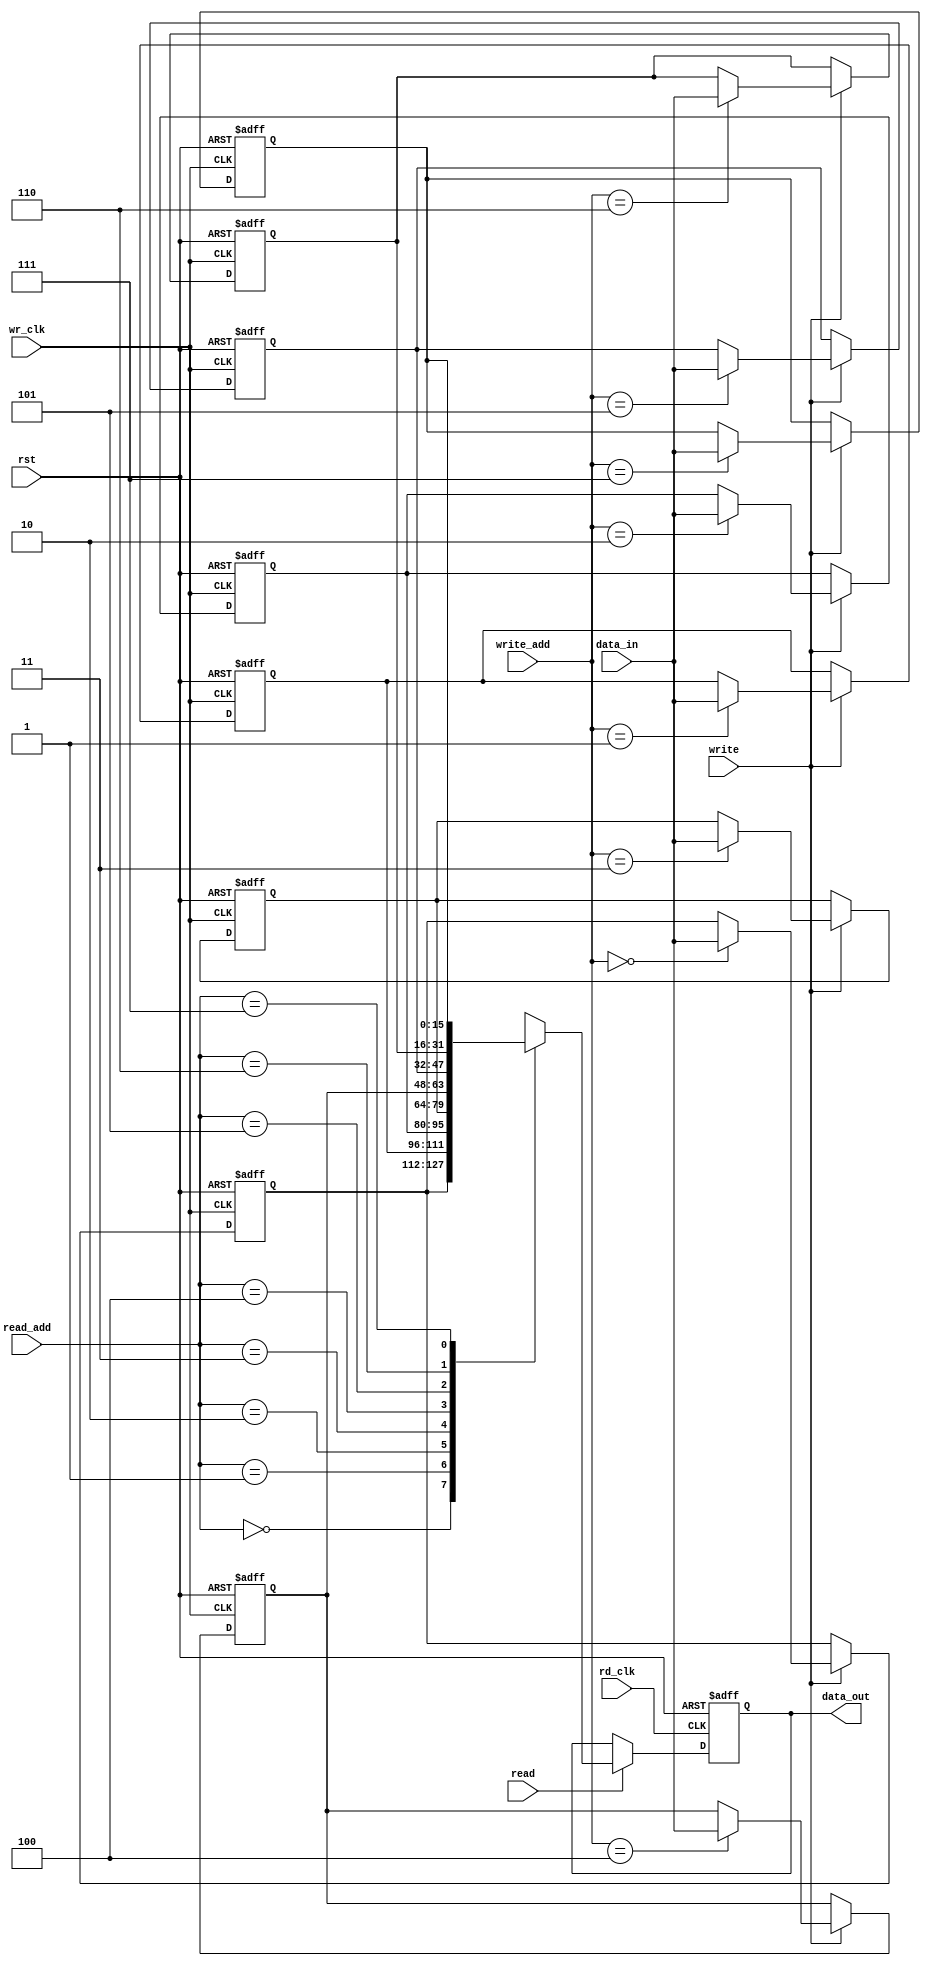
module asynchronous_dualport_ram(rd_clk,wr_clk,rst,data_in,read_add,write_add,read,write,data_out);
input rd_clk,wr_clk,rst,read,write;
parameter ram_width=16;
parameter ram_depth=8;
parameter add_size=3;
input [add_size-1:0] read_add,write_add;
input [ram_width-1:0] data_in;
output reg [ram_width-1:0] data_out;
integer i;
reg [ram_width-1:0] mem [ram_depth-1:0];
always@(posedge wr_clk or posedge rst)
	begin
		if (rst)
			begin
				for (i=0;i<ram_depth;i=i+1)
					mem[i]<=0;
			end
		else
			begin
				if (write)	
					mem[write_add]<=data_in;
			end
	end
always@(posedge rd_clk or posedge rst)
	begin
		if (rst)
			begin
				data_out<=0;
			end
		else
			begin
				if (read)	
					data_out<=mem[read_add];
			end
	end

endmodule